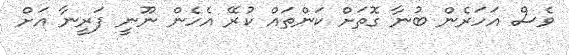
ވެސް އަހަރެން ބުނާ ގޮތަށް ކަންތައް ކުރޭ އެހެން ނޫނީ ފަރީނާ އަށް